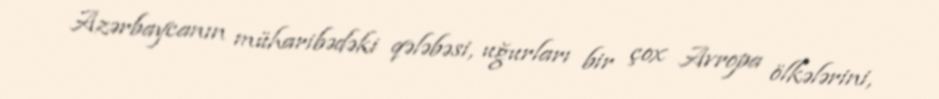
Azərbaycanın müharibədəki qələbəsi, uğurları bir çox Avropa ölkələrini,